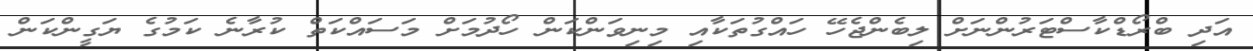
އަދި ބްރޯޑްކާސްޓަރުންނަށް ލިބެންޖެހޭ ހައްގުތަކާއި މިނިވަންކަން ހޯދުމަށް މަސައްކަތް ކުރާނެ ކަމުގެ ޔަގީންކަން